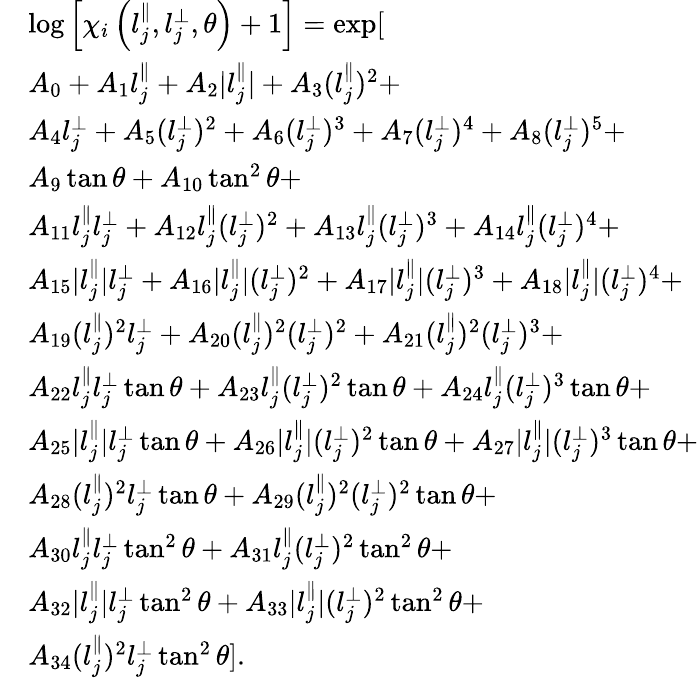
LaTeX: \begin{array}{rl}&{\log\left[\chi_{i}\left(l_{j}^{\parallel},l_{j}^{\perp},\theta\right)+1\right]=\exp[}\\ &{A_{0}+A_{1}l_{j}^{\parallel}+A_{2}\vert l_{j}^{\parallel}\vert+A_{3}(l_{j}^{\parallel})^{2}+}\\ &{A_{4}l_{j}^{\perp}+A_{5}(l_{j}^{\perp})^{2}+A_{6}(l_{j}^{\perp})^{3}+A_{7}(l_{j}^{\perp})^{4}+A_{8}(l_{j}^{\perp})^{5}+}\\ &{A_{9}\tan{\theta}+A_{10}\tan^{2}{\theta}+}\\ &{A_{11}l_{j}^{\parallel}l_{j}^{\perp}+A_{12}l_{j}^{\parallel}(l_{j}^{\perp})^{2}+A_{13}l_{j}^{\parallel}(l_{j}^{\perp})^{3}+A_{14}l_{j}^{\parallel}(l_{j}^{\perp})^{4}+}\\ &{A_{15}\vert l_{j}^{\parallel}\vert l_{j}^{\perp}+A_{16}\vert l_{j}^{\parallel}\vert(l_{j}^{\perp})^{2}+A_{17}\vert l_{j}^{\parallel}\vert(l_{j}^{\perp})^{3}+A_{18}\vert l_{j}^{\parallel}\vert(l_{j}^{\perp})^{4}+}\\ &{A_{19}(l_{j}^{\parallel})^{2}l_{j}^{\perp}+A_{20}(l_{j}^{\parallel})^{2}(l_{j}^{\perp})^{2}+A_{21}(l_{j}^{\parallel})^{2}(l_{j}^{\perp})^{3}+}\\ &{A_{22}l_{j}^{\parallel}l_{j}^{\perp}\tan{\theta}+A_{23}l_{j}^{\parallel}(l_{j}^{\perp})^{2}\tan{\theta}+A_{24}l_{j}^{\parallel}(l_{j}^{\perp})^{3}\tan{\theta}+}\\ &{A_{25}\vert l_{j}^{\parallel}\vert l_{j}^{\perp}\tan{\theta}+A_{26}\vert l_{j}^{\parallel}\vert(l_{j}^{\perp})^{2}\tan{\theta}+A_{27}\vert l_{j}^{\parallel}\vert(l_{j}^{\perp})^{3}\tan{\theta}+}\\ &{A_{28}(l_{j}^{\parallel})^{2}l_{j}^{\perp}\tan{\theta}+A_{29}(l_{j}^{\parallel})^{2}(l_{j}^{\perp})^{2}\tan{\theta}+}\\ &{A_{30}l_{j}^{\parallel}l_{j}^{\perp}\tan^{2}{\theta}+A_{31}l_{j}^{\parallel}(l_{j}^{\perp})^{2}\tan^{2}{\theta}+}\\ &{A_{32}\vert l_{j}^{\parallel}\vert l_{j}^{\perp}\tan^{2}{\theta}+A_{33}\vert l_{j}^{\parallel}\vert(l_{j}^{\perp})^{2}\tan^{2}{\theta}+}\\ &{A_{34}(l_{j}^{\parallel})^{2}l_{j}^{\perp}\tan^{2}{\theta}].}\end{array}